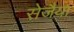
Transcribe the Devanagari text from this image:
सेजैया